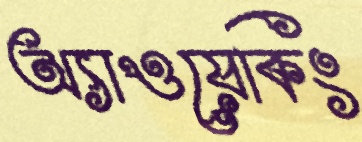
অ্যাওয়েকিং